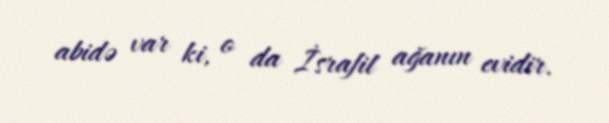
abidə var ki, o da İsrafil ağanın evidir.